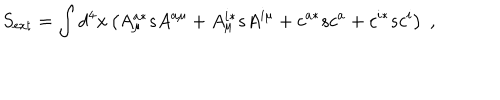
S _ { \mathrm { e x t } } = \int d ^ { 4 } x \left( A _ { \mu } ^ { a * } s A ^ { a \mu } + A _ { \mu } ^ { i * } s A ^ { i \mu } + c ^ { a * } s c ^ { a } + c ^ { i * } s c ^ { i } \right) \; ,